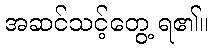
အဆင်သင့်တွေ့ ရ၏။